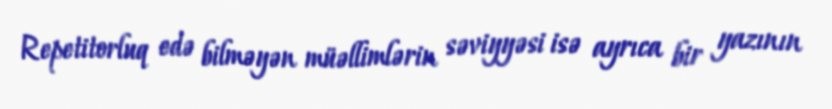
Repetitorluq edə bilməyən müəllimlərin səviyyəsi isə ayrıca bir yazının